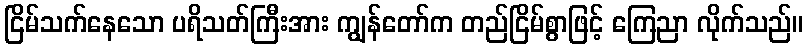
ငြိမ်သက်နေသော ပရိသတ်ကြီးအား ကျွန်တော်က တည်ငြိမ်စွာဖြင့် ကြေညာ လိုက်သည်။